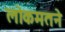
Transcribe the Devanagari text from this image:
लोकमतने